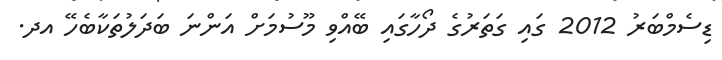
ޑިސެމްބަރު 2012 ގައި ގަތަރުގެ ދޯހާގައި ބޭއްވި މޫސުމަށް އަންނަ ބަދަލުތަކާބެހޭ އދ.